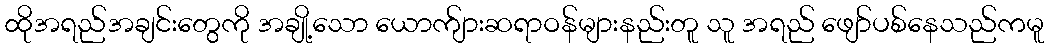
ထိုအရည်အချင်းတွေကို အချို့သော ယောက်ျားဆရာဝန်များနည်းတူ သူ အရည် ဖျော်ပစ်နေသည်ကမူ